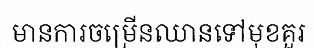
មានការចម្រើនឈានទៅមុខគួរ